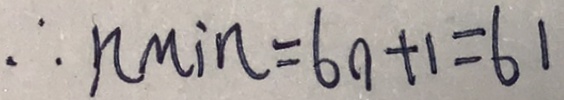
\therefore n \min = 6 0 + 1 = 6 1